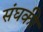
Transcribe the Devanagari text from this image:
संघकी